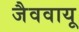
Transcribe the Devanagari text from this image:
जैववायू